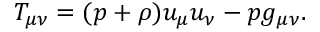
T _ { \mu \nu } = ( p + \rho ) u _ { \mu } u _ { \nu } - p g _ { \mu \nu } .